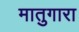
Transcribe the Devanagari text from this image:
मातुगारा